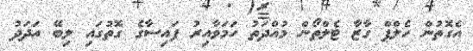
އެގޮތުން ހެލްޕް ގާޒާ ޓެލްތޯން މުއްދަތު ހަމަވާއިރު ފައިސާގެ ގޮތުގައި ލިބޭ އަދަދު